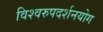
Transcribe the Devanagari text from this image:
विश्वरुपदर्शनयोग